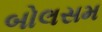
બોલસમ